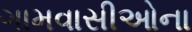
ગામવાસીઓના